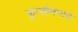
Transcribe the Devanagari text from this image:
कुन्तीनन्दन